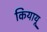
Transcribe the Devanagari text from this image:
कियायू